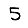
Digit: 5